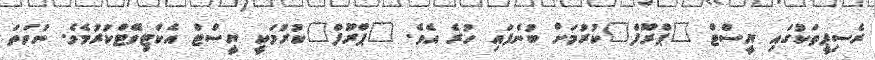
ރެސިޕީތަކުގައި ޔީސްޓް "ޕްރޫފް"ކުރުމަށް ބުނެފައި ހުރެ އެވެ. "ޕްރޫފް"ކުރުމަކީ ޔީސްޓް އެކްޓިވޭޓްކުރުމެވެ. ނުވަތަ